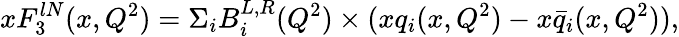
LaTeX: xF_{3}^{lN}(x,Q^{2})=\Sigma_{i}B_{i}^{L,R}(Q^{2})\times(xq_{i}(x,Q^{2})-x\bar{q}_{i}(x,Q^{2})),